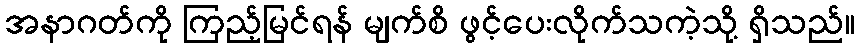
အနာဂတ်ကို ကြည့်မြင်ရန် မျက်စိ ဖွင့်ပေးလိုက်သကဲ့သို့ ရှိသည်။